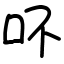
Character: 吥